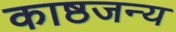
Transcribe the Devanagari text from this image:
काष्ठजन्य